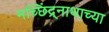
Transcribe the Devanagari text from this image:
मच्छिंद्र्नाथाच्या